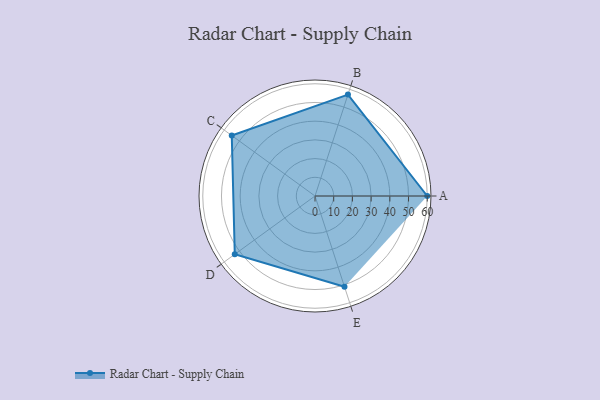
{"axis": {"x": "Skill", "y": "Score"}, "legend": ["Profile"], "data": [{"x": "A", "y": 60.0, "type": "Profile"}, {"x": "B", "y": 57.0, "type": "Profile"}, {"x": "C", "y": 55.0, "type": "Profile"}, {"x": "D", "y": 53.0, "type": "Profile"}, {"x": "E", "y": 51.0, "type": "Profile"}]}